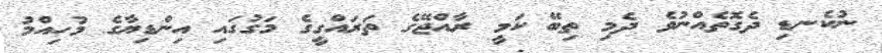
ނުކެނޑި ދެގޮތެއްނުވެ ދެމި ތިބޭ ކަމީ ރާއްޖޭގެ ތަރައްގީގެ މަގުގައި އިންޑިޔާގެ މުހިއްމު